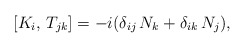
\begin{align*}[K_i,\,T_{jk}]=-i(\delta_{ij}\,N_k +\delta_{ik}\,N_j),\end{align*}